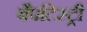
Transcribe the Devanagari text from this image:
बैपटिस्ट्री